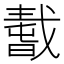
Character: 𢧸